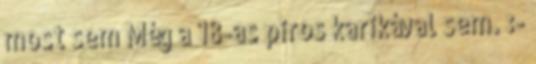
most sem Még a 18-as piros karikával sem. :-